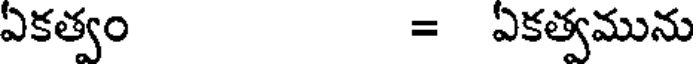
ఏకత్వం = ఏకత్వమును